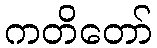
ကတိတော်